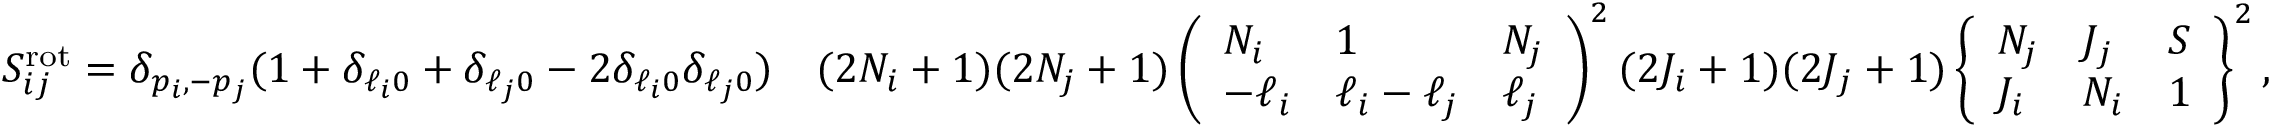
\begin{array} { r l } { S _ { i j } ^ { \mathrm { r o t } } = \delta _ { p _ { i } , - p _ { j } } ( 1 + \delta _ { \ell _ { i } 0 } + \delta _ { \ell _ { j } 0 } - 2 \delta _ { \ell _ { i } 0 } \delta _ { \ell _ { j } 0 } ) } & { ( 2 N _ { i } + 1 ) ( 2 N _ { j } + 1 ) \left( \begin{array} { l l l } { N _ { i } } & { 1 } & { N _ { j } } \\ { - \ell _ { i } } & { \ell _ { i } - \ell _ { j } } & { \ell _ { j } } \end{array} \right) ^ { 2 } ( 2 J _ { i } + 1 ) ( 2 J _ { j } + 1 ) \left\{ \begin{array} { l l l } { N _ { j } } & { J _ { j } } & { S } \\ { J _ { i } } & { N _ { i } } & { 1 } \end{array} \right\} ^ { 2 } , } \end{array}